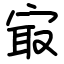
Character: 㝡